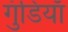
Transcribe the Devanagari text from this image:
गुंडियाँ